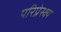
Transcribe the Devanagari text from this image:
परिप्रेस्क्ष्य